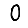
Digit: 0